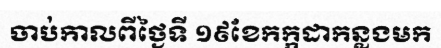
ចាប់កាលពីថ្ងៃទី ១៩ខែកក្កដាកន្លងមក